Annual statistical returns and brief notes on vaccination in Bengal - 1909-1929
Year: 1909
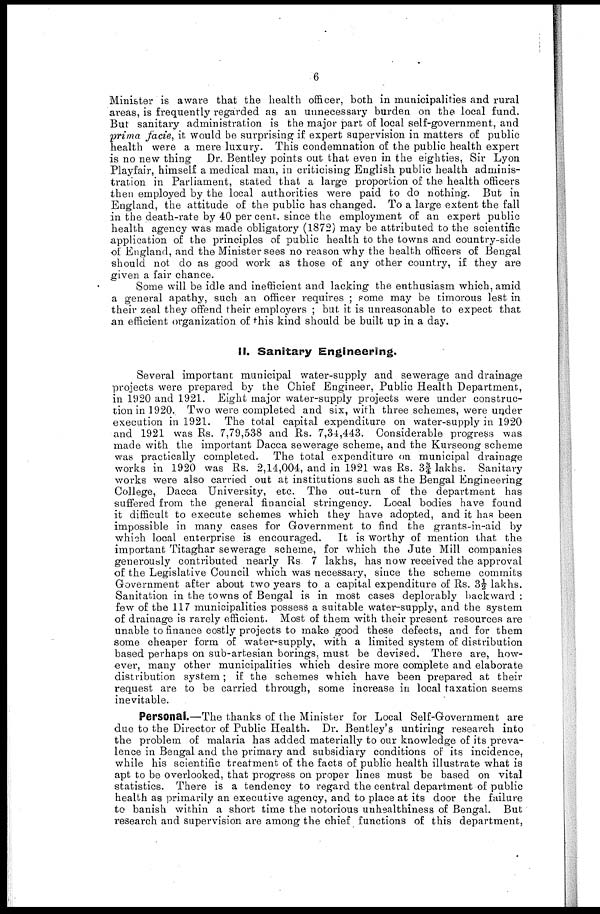
6
Minister is aware that the health officer, both in municipalities and rural
areas, is frequently regarded as an unnecessary burden on the local fund.
But sanitary administration is the major part of local self-government, and
prima facie, it would be surprising if expert supervision in matters of public
health were a mere luxury. This condemnation of the public health expert
is no new thing Dr. Bentley points out that even in the eighties, Sir Lyon
Playfair, himself a medical man, in criticising English public health adminis-
tration in Parliament, stated that a large proportion of the health officers
then employed by the local authorities were paid to do nothing. But in
England, the attitude of the public has changed. To a large extent the fall
in the death-rate by 40 per cent. since the employment of an expert public
health agency was made obligatory (1872) may be attributed to the scientific
application of the principles of public health to the towns and country-side
of England, and the Minister sees no reason why the health officers of Bengal
should not do as good work as those of any other country, if they are
given a fair chance.
Some will be idle and inefficient and lacking the enthusiasm which, amid
a general apathy, such an officer requires ; some may be timorous lest in
their zeal they offend their employers ; but it is unreasonable to expect that
an efficient organization of this kind should be built up in a day.
II. Sanitary Engineering.
Several important municipal water-supply and sewerage and drainage
projects were prepared by the Chief Engineer, Public Health Department,
in 1920 and 1921. Eight major water-supply projects were under construc-
tion in 1920. Two were completed and six, with three schemes, were under
execution in 1921. The total capital expenditure on water-supply in 1920
and 1921 was Rs. 7,79,538 and Rs. 7,34,443. Considerable progress was
made with the important Dacca sewerage scheme, and the Kurseong scheme
was practically completed. The total expenditure on municipal drainage
works in 1920 was Rs. 2,14,004, and in 1921 was Rs. 3¾ lakhs. Sanitary
works were also carried out at institutions such as the Bengal Engineering
College, Dacca University, etc. The out-turn of the department has
suffered from the general financial stringency. Local bodies have found
it difficult to execute schemes which they have adopted, and it has been
impossible in many cases for Government to find the grants-in-aid by
which local enterprise is encouraged. It is worthy of mention that the
important Titaghar sewerage scheme, for which the Jute Mill companies
generously contributed nearly Rs. 7 lakhs, has now received the approval
of the Legislative Council which was necessary, since the scheme commits
Government after about two years to a capital expenditure of Rs. 3½ lakhs.
Sanitation in the towns of Bengal is in most cases deplorably backward :
few of the 117 municipalities possess a suitable water-supply, and the system
of drainage is rarely efficient. Most of them with their present resources are
unable to finance costly projects to make good these defects, and for them
some cheaper form of water-supply, with a limited system of distribution
based perhaps on sub-artesian borings, must be devised. There are, how-
ever, many other municipalities which desire more complete and elaborate
distribution system; if the schemes which have been prepared at their
request are to be carried through, some increase in local taxation seems
inevitable.
Personal.—The thanks of the Minister for Local Self-Government are
due to the Director of Public Health. Dr. Bentley's untiring research into
the problem of malaria has added materially to our knowledge of its preva-
lence in Bengal and the primary and subsidiary conditions of its incidence,
while his scientific treatment of the facts of public health illustrate what is
apt to be overlooked, that progress on proper lines must be based on vital
statistics. There is a tendency to regard the central department of public
health as primarily an executive agency, and to place at its door the failure
to banish within a short time the notorious unhealthiness of Bengal. But
research and supervision are among the chief functions of this department,